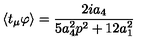
\left\langle t _ { \mu } \varphi \right\rangle = \frac { 2 i a _ { 4 } } { 5 a _ { 4 } ^ { 2 } p ^ { 2 } + 1 2 a _ { 1 } ^ { 2 } }